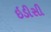
ઇડીસી